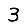
Digit: 3